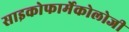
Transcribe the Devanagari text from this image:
साइकोफार्मेकोलोजी